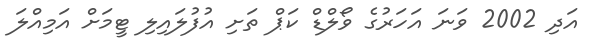
އަދި 2002 ވަނަ އަހަރުގެ ވޯލްޑް ކަޕް ތަށި އުފުލައިލި ޓީމަށް އަމިއްލަ